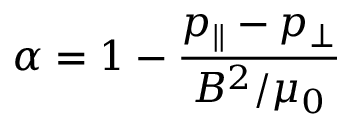
\alpha = 1 - \frac { p _ { \parallel } - p _ { \perp } } { B ^ { 2 } / \mu _ { 0 } }